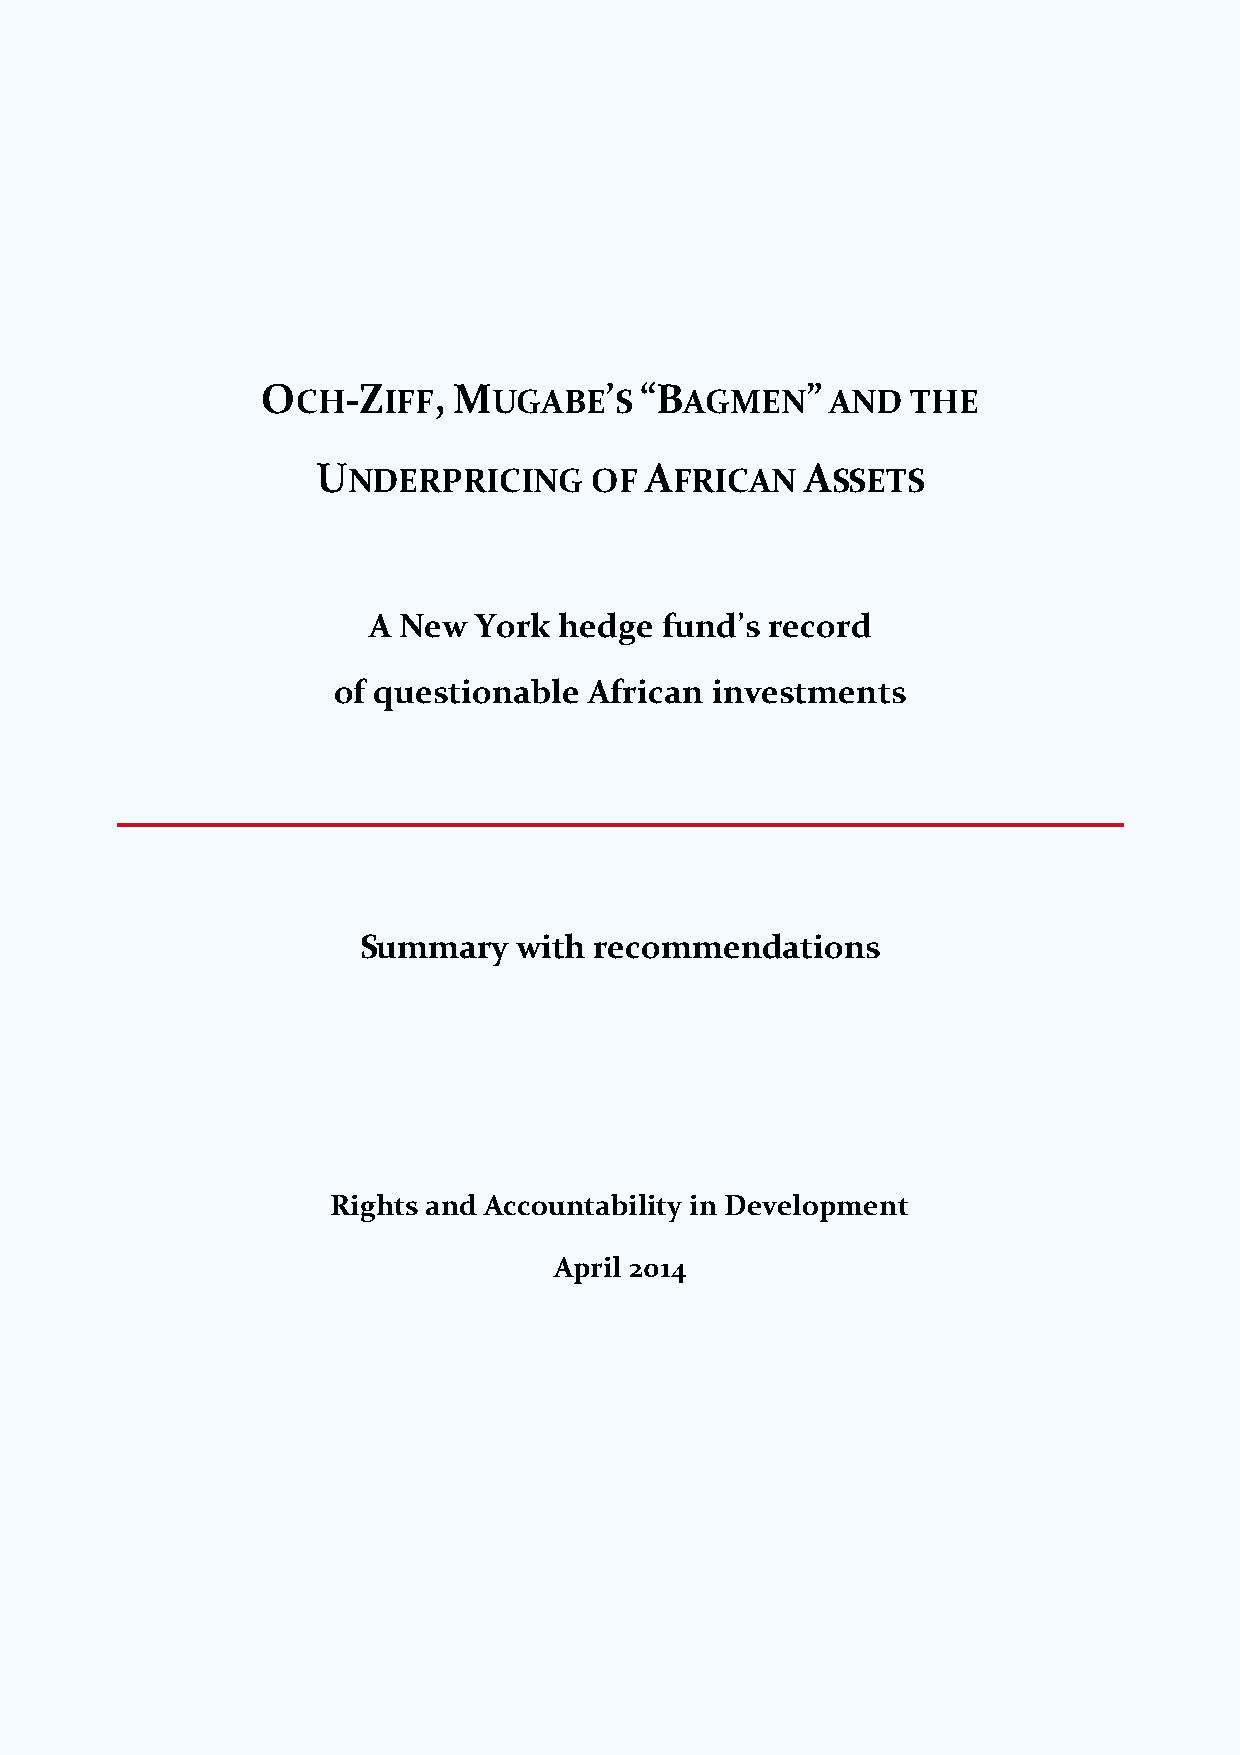
OCH-ZIFF,    MUGABE’S    “BAGMEN”     AND  THE
 UNDERPRICING      OF  AFRICAN   ASSETS
 A New   York hedge  fund’s record
 of questionable  African investments
 Summary   with recommendations
 Rights and Accountability in Development
 April 2014